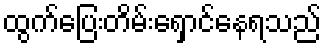
ထွက်ပြေးတိမ်းရှောင်နေရသည်